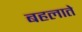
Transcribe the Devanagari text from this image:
बहलाते